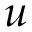
u